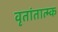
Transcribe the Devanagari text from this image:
वृतांतात्‍म्क